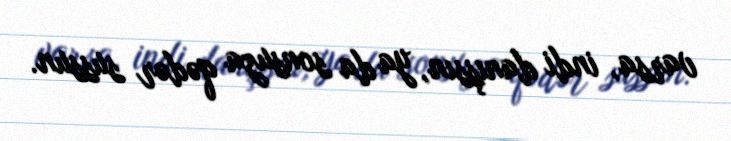
varsa, indi danışsın, ya da sonsuza qədər sussun.